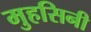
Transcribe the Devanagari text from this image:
मुहसिनी